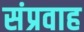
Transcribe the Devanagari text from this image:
संप्रवाह